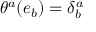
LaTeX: \theta ^ { a } ( e _ { b } ) = \delta _ { b } ^ { a }